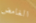
الغامض